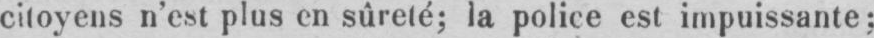
citoyens n’est plus en sûreté; la police est impuissante;